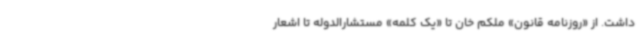
داشت. از «روزنامه قانون» ملکم خان تا «یک کلمه» مستشارالدوله تا اشعار